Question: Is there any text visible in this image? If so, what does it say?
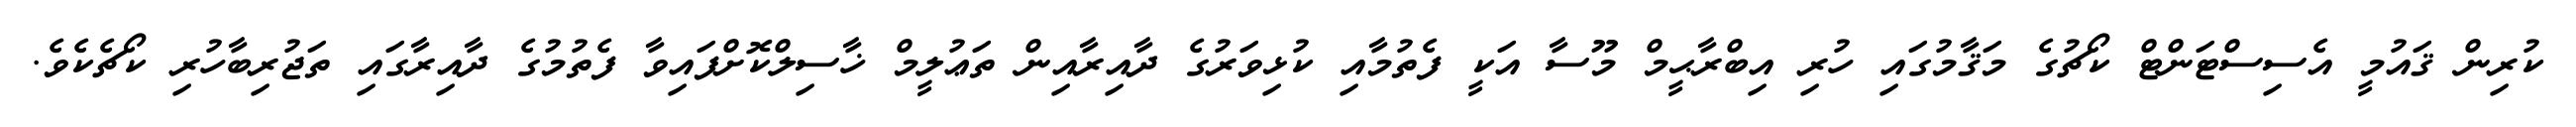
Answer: ކުރިން ޤައުމީ އެސިސްޓަންޓް ކޯޗުގެ މަޤާމުގައި ހުރި އިބްރާޙީމް މޫސާ އަކީ ފެތުމާއި ކުޅިވަރުގެ ދާއިރާއިން ތަޢުލީމް ޚާސިލްކޮށްފައިވާ ފެތުމުގެ ދާއިރާގައި ތަޖުރިބާހުރި ކޯޗެކެވެ.